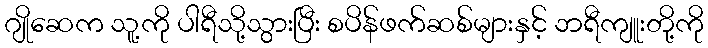
ဂျိုဆေက သူ့ကို ပါရီသို့သွားပြီး စပိန်ဖက်ဆစ်များနှင့် ဘရီကျူးတို့ကို